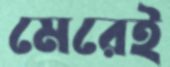
মেরেই